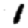
Digit: 1